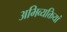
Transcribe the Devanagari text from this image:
अभिव्‍यक्तियां